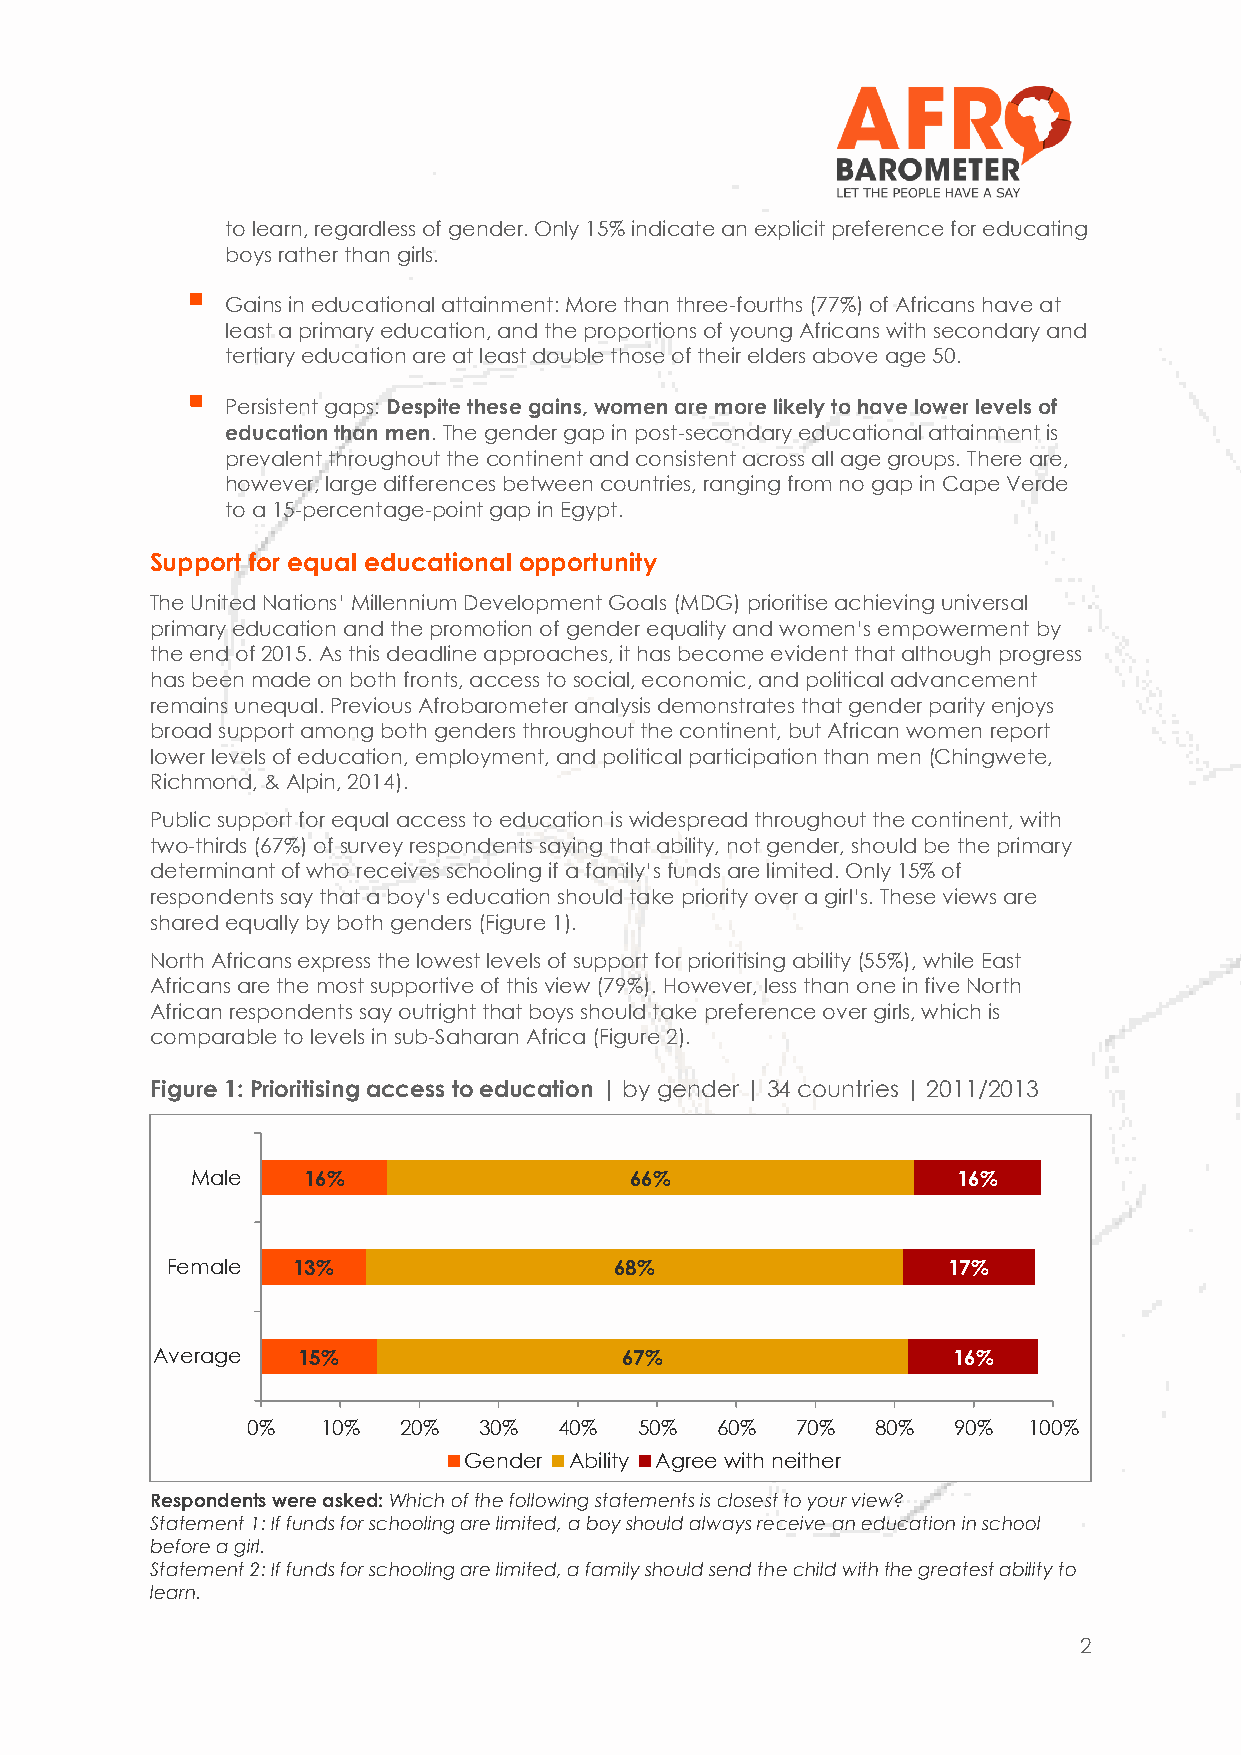
to learn, regardless of gender. Only 15% indicate an explicit preference for educating
 boys rather than girls.
 
 Gains in educational attainment: More than three-fourths (77%) of Africans have at
 least a primary education, and the proportions of young Africans with secondary and
 tertiary education are at least double those of their elders above age 50.
 
 Persistent gaps: Despite these gains, women are more likely to have lower levels of
 education than men. The gender gap in post-secondary educational attainment is
 prevalent throughout the continent and consistent across all age groups. There are,
 however, large differences between countries, ranging from no gap in Cape Verde
 to a 15-percentage-point gap in Egypt.
 Support for equal educational opportunity
 The United Nations’ Millennium Development Goals (MDG) prioritise achieving universal
 primary education and the promotion of gender equality and women’s empowerment by
 the end of 2015. As this deadline approaches, it has become evident that although progress
 has been made on both fronts, access to social, economic, and political advancement
 remains unequal. Previous Afrobarometer analysis demonstrates that gender parity enjoys
 broad support among both genders throughout the continent, but African women report
 lower levels of education, employment, and political participation than men (Chingwete,
 Richmond, & Alpin, 2014).
 Public support for equal access to education is widespread throughout the continent, with
 two-thirds (67%) of survey respondents saying that ability, not gender, should be the primary
 determinant of who receives schooling if a family’s funds are limited. Only 15% of
 respondents say that a boy’s education should take priority over a girl’s. These views are
 shared equally by both genders (Figure 1).
 North Africans express the lowest levels of support for prioritising ability (55%), while East
 Africans are the most supportive of this view (79%). However, less than one in five North
 African respondents say outright that boys should take preference over girls, which is
 comparable to levels in sub-Saharan Africa (Figure 2).
 Figure 1: Prioritising access to education | by gender | 34 countries | 2011/2013
 Male   16%                   66%                  16%
 Female  13%                   68%                   17%
 Average   15%                  67%                   16%
 0%   10%  20%   30%  40%  50%  60%   70%  80%  90%  100%
 Gender Ability Agree with neither
 Respondents were asked: Which of the following statements is closest to your view?
 Statement 1: If funds for schooling are limited, a boy should always receive an education in school
 before a girl.
 Statement 2: If funds for schooling are limited, a family should send the child with the greatest ability to
 learn.
 2